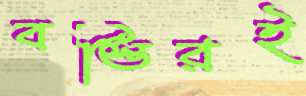
বস্তিরই